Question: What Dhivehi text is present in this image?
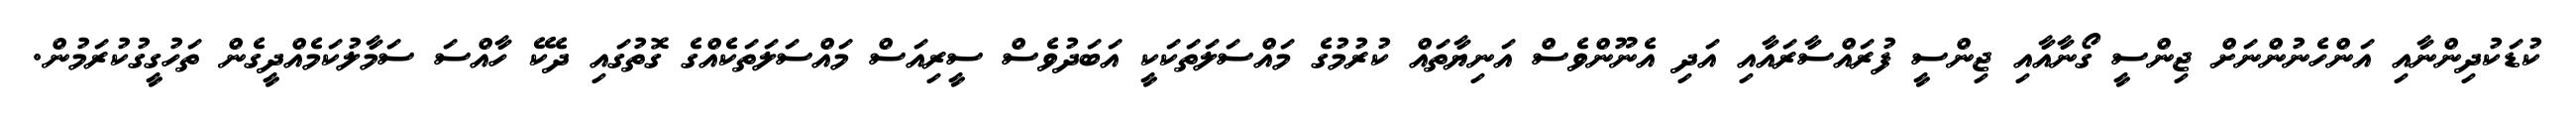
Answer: ކުޑަކުދިންނާއި އަންހެނުންނަށް ޖިންސީ ގޯނާއާއި ޖިންސީ ފުރައްސާރައާއި އަދި އެނޫންވެސް އަނިޔާތައް ކުރުމުގެ މައްސަލަތަކަކީ އަބަދުވެސް ސީރިއަސް މައްސަލަތަކެއްގެ ގޮތުގައި ދެކޭ ހާއްސަ ސަމާލުކަމެއްދީގެން ތަހުގީގުކުރަމުން.